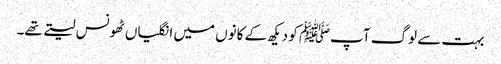
بہت سے لوگ آپﷺ کو دیکھ کے کانوں میں انگلیاں ٹھونس لیتے تھے۔